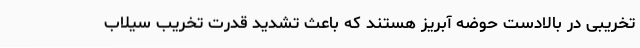
تخریبی در بالادست حوضه آبریز هستند که باعث تشدید قدرت تخریب سیلاب